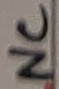
Text: NC